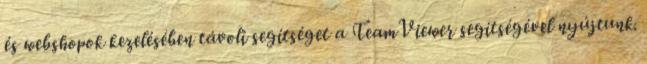
és webshopok kezelésében távoli segítséget a TeamViewer segítségével nyújtunk.